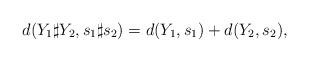
LaTeX: \begin{align*}d(Y_{1}\sharp Y_{2}, s_{1}\sharp s_{2})=d(Y_{1}, s_{1})+d(Y_{2}, s_{2}),\end{align*}